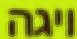
ויגה